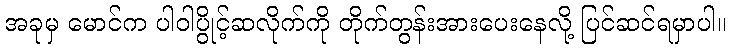
အခုမှ မောင်က ပါဝါပွိုင့်ဆလိုက်ကို တိုက်တွန်းအားပေးနေလို့ ပြင်ဆင်ရမှာပါ။